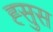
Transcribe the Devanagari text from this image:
ह्सुस